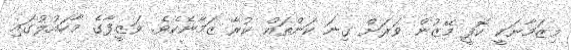
މިޒަމާނަކީ ކޮފީ މޭޒުން ވަރަށް ގިނަ ކަންތައް ކުރާ ޒަމާނެކެވެ. ވަޒީފާގެ މާހައުލުގައި